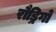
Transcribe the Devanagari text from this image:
रौड्रिगो